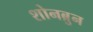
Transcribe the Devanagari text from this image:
शोनब्रुन